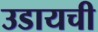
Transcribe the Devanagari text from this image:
उडायची